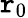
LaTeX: \mathtt{r}_{0}